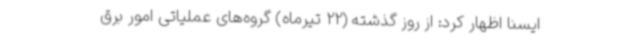
ایسنا اظهار کرد: از روز گذشته (22 تیرماه) گروه‌های عملیاتی امور برق